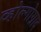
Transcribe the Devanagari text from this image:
व्होल्गोग्राद